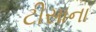
ટીસાના